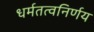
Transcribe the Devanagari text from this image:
धर्मतत्वनिर्णय